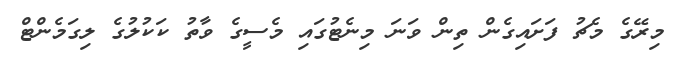
މިރޭގެ މެޗު ފަށައިގެން ތިން ވަނަ މިނެޓުގައި މެސީގެ ވާތު ކަކުލުގެ ލިގަމެންޓް